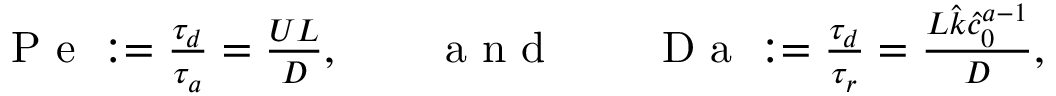
\begin{array} { r } { \mathrm { ~ P ~ e ~ } : = \frac { \tau _ { d } } { \tau _ { a } } = \frac { U L } { D } , \qquad \mathrm { ~ a ~ n ~ d ~ } \qquad \mathrm { ~ D ~ a ~ } : = \frac { \tau _ { d } } { \tau _ { r } } = \frac { L \hat { k } \hat { c } _ { 0 } ^ { a - 1 } } { D } , } \end{array}